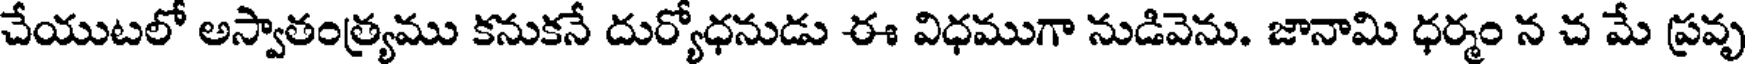
చేయుటలో అస్వాతంత్ర్యము కనుకనే దుర్యోధనుడు ఈ విధముగా నుడివెను. జానామి ధర్మం న చ మే ప్రవృ